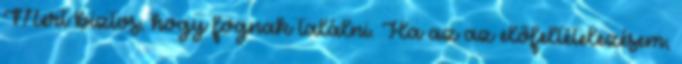
Mert biztos, hogy fognak találni. Ha az az előfeltételezésem,